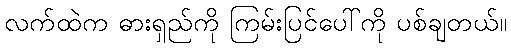
လက်ထဲက ဓားရှည်ကို ကြမ်းပြင်ပေါ်ကို ပစ်ချတယ်။